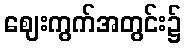
ဈေးကွက်အတွင်း၌